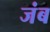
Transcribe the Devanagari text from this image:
जंब